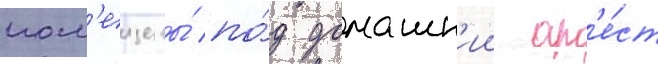
пом'ещены́ по́д домашн'ии ар'е́ст